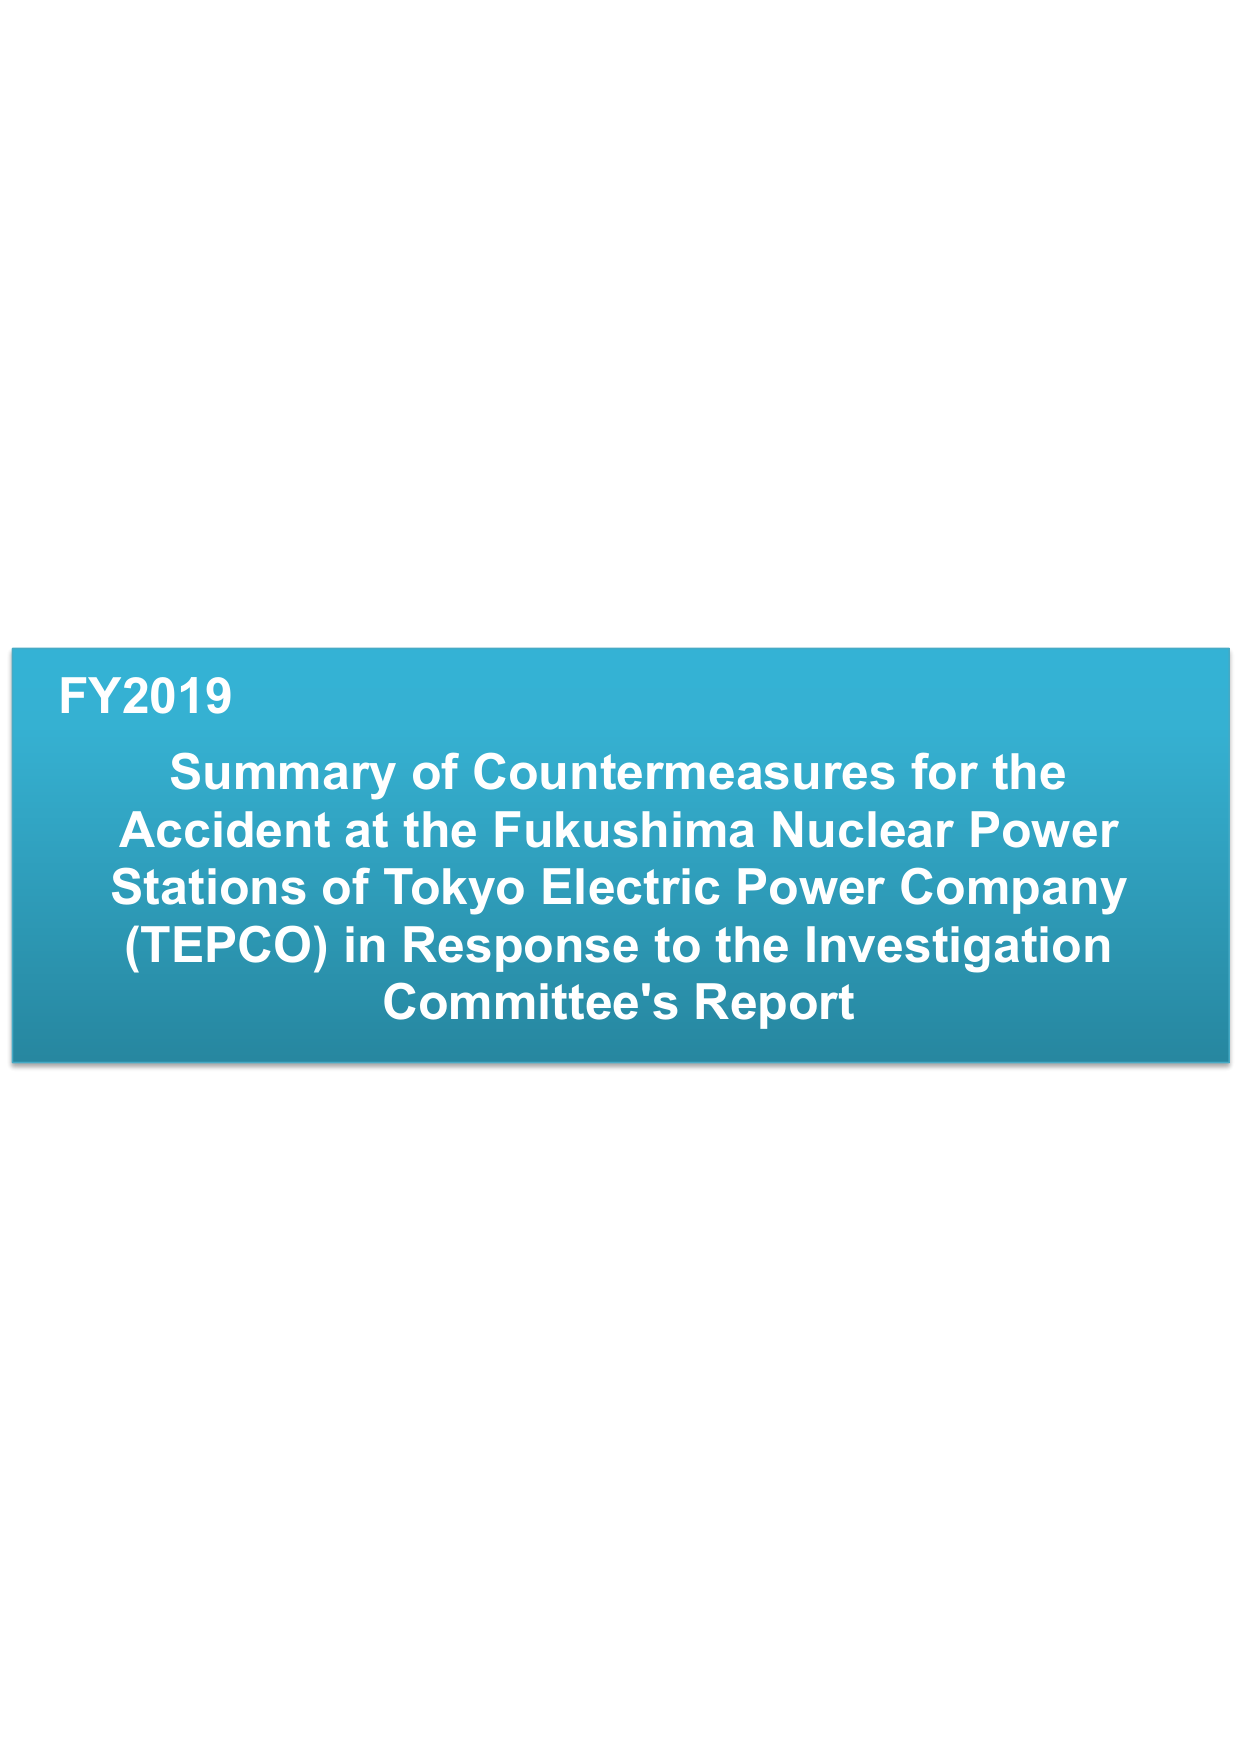
FY2019
Summary of Countermeasures for the
Accident at the Fukushima Nuclear Power
Stations of Tokyo Electric Power Company
(TEPCO) in Response to the Investigation
Committee's Report